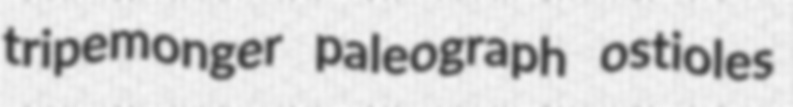
tripemonger paleograph ostioles